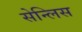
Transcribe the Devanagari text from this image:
सेन्लिस